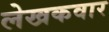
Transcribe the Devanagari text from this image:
लेखकवार